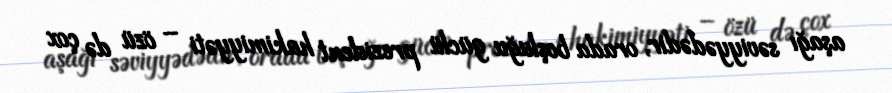
aşağı səviyyədədir, orada boşluğu güclü prezident hakimiyyəti – özü də çox